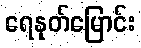
ရေနုတ်မြောင်း